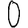
Digit: 0